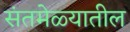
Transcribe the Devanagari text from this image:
संतमेळ्यातील